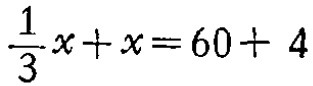
$\frac{1}{3}x + x = 60 + 4$